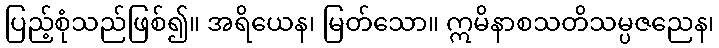
ပြည့်စုံသည်ဖြစ်၍။ အရိယေန၊ မြတ်သော။ ဣမိနာစသတိသမ္ပဇညေန၊